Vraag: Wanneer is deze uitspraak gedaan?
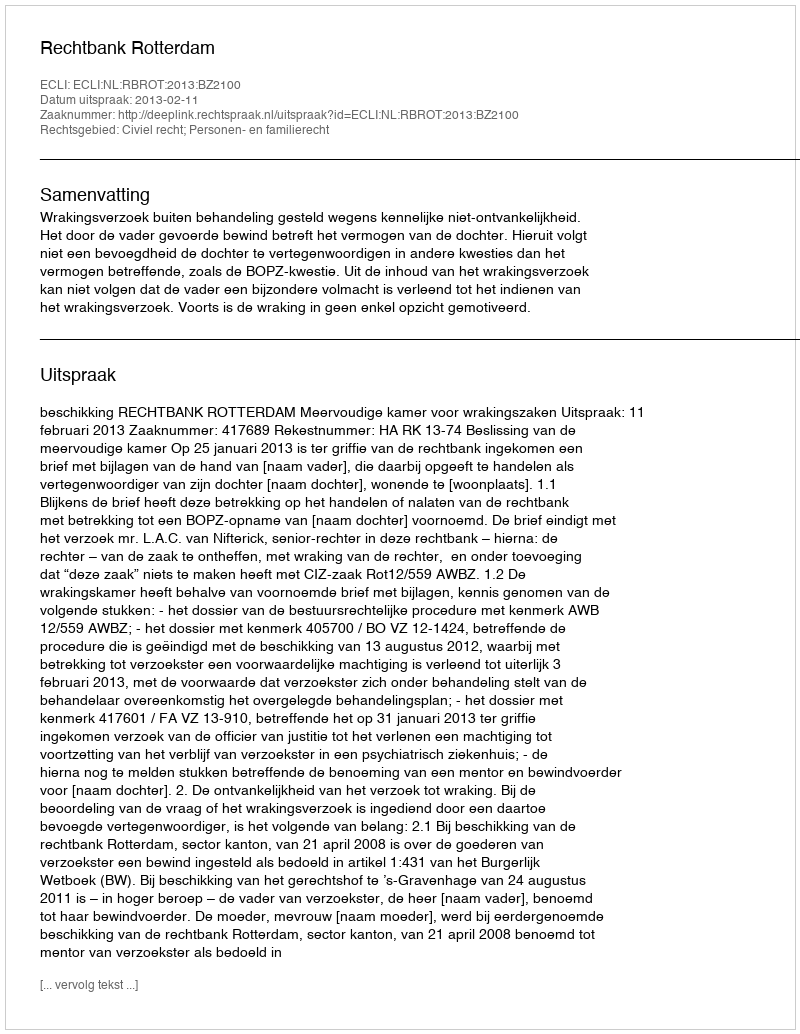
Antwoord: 2013-02-11